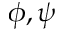
\phi , \psi